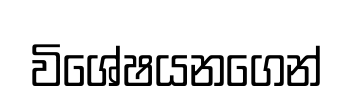
විශේෂයනගෙන්